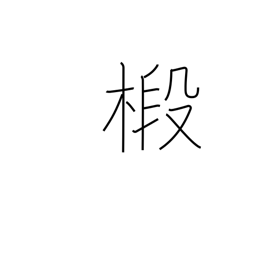
Meaning: fir